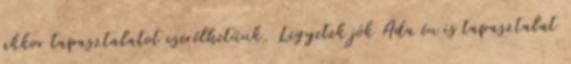
akkor tapasztalatot cserélhetünk. Legyetek jók Ada én is tapasztalat